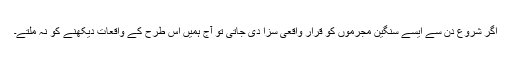
اگر شروع دن سے ایسے سنگین مجرموں کو قرار واقعی سزا دی جاتی تو آج ہمیں اس طرح کے واقعات دیکھنے کو نہ ملتے۔